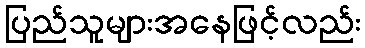
ပြည်သူများအနေဖြင့်လည်း